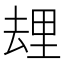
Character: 𰆯